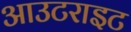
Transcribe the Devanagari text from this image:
आउटराइट